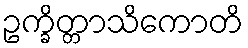
ဥက္ခိတ္တာသိကောတိ